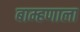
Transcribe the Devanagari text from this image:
बाम्हणाला